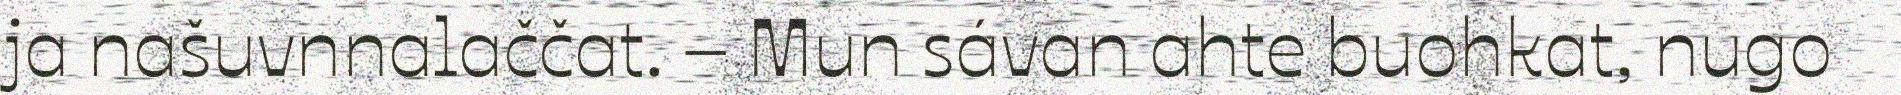
ja našuvnnalaččat. – Mun sávan ahte buohkat, nugo